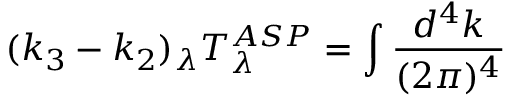
( k _ { 3 } - k _ { 2 } ) _ { \lambda } T _ { \lambda } ^ { A S P } = \int \frac { d ^ { 4 } k } { ( 2 \pi ) ^ { 4 } }